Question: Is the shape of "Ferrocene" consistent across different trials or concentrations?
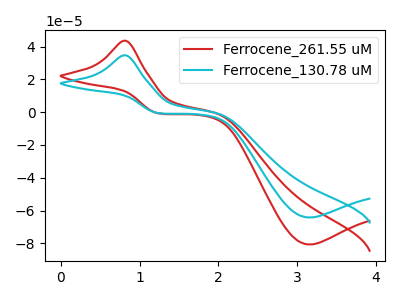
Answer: <think>The red curve "Ferrocene_261.55 uM" has an anodic peak at (0.80V, 43.60uA) and a cathodic peak at (3.15V, -80.75uA). The cyan curve "Ferrocene_130.78 uM" has an anodic peak at (0.80V, 34.70uA) and a cathodic peak at (3.15V, -64.25uA).
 All the peaks in "Ferrocene_261.55 uM" have a peak in "Ferrocene_130.78 uM" at the same potential. Every peak in "Ferrocene_261.55 uM" is higher than every peak in "Ferrocene_130.78 uM".</think>
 <answer>All the CV's of "Ferrocene" have similar shape.</answer>
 <eval>follow_rule</eval>